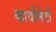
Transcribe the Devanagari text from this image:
कार्वोनेटों